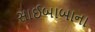
સાઈબાબાના